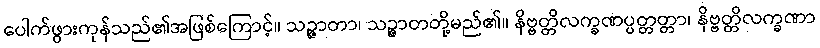
ပေါက်ဖွားကုန်သည်၏အဖြစ်ကြောင့်။ သဉ္ဇာတာ၊ သဉ္ဇာတတို့မည်၏။ နိဗ္ဗတ္တိလက္ခဏပ္ပတ္တတ္တာ၊ နိဗ္ဗတ္တိလက္ခဏာ